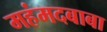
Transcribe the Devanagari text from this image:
महंमदबाबा